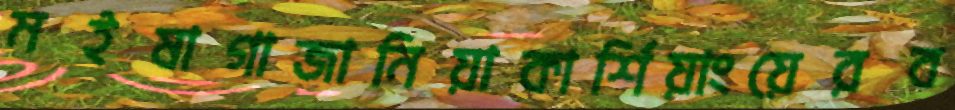
মইষাগাজানিয়াকার্শিয়াংয়েরব